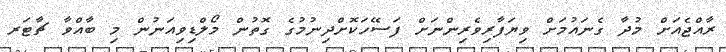
ރާއްޖެއަށް މުދާ ގެނައުމަށް ވިޔަފާރިވެރިންނަށް ފަސޭހަކޮށްދިނުމުގެ ގޮތުން މޯލްޑިވިއަނުން މި ބާއްވާ ޗާޓަރ